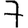
Digit: 7